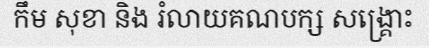
កឹម សុខា និង រំលាយគណបក្ស សង្គ្រោះ